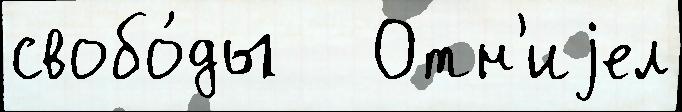
свобо́ды   Отн'иjел